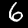
Label: 6